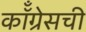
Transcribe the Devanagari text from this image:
कॉँग्रेसची